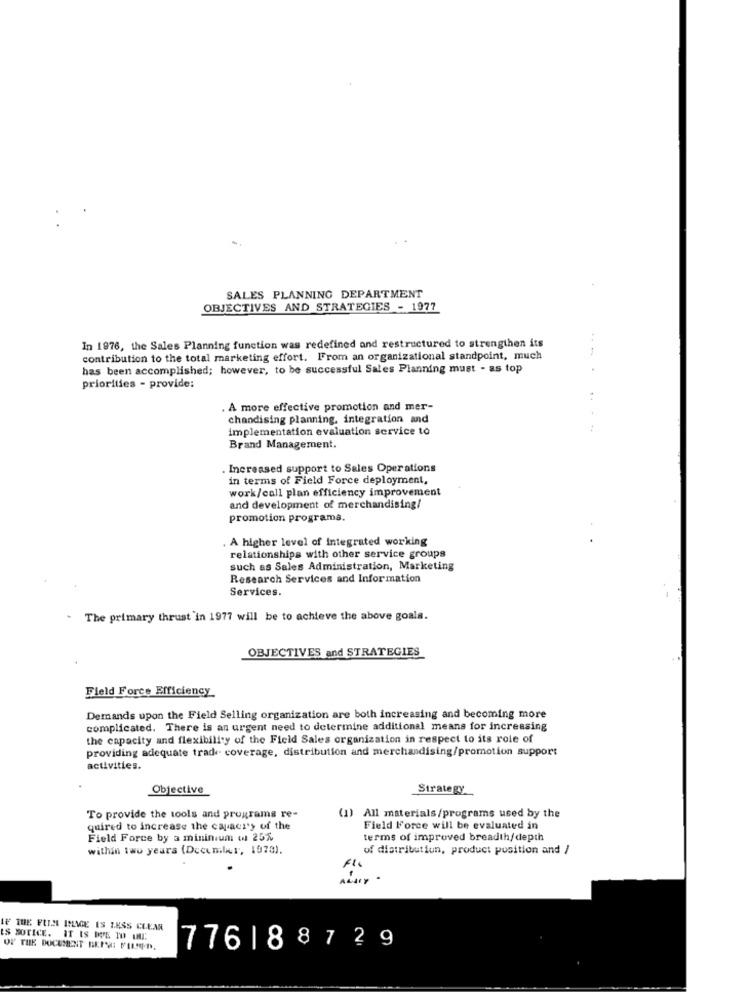
SALES PLANNING DEPARTMENT
OBJECTIVES AND STRATEGIES - 1977
In 1976, the Sales Planning function was redefined and restructured to strengthen its
contribution to the total marketing effort. From an organizational standpoint, much
has been accomplished; however, to be successful Sales Planning must - as top
priorities - provide:
A more effective promotion and mer-
chandising planning, integration and
implementation evaluation service to
Brand Management.
. Increased support to Sales Oper ations
in terms of Field Force deployment,
work/call plan efficiency improvement
and development of merchandising!
promotion programa.
. A higher level of integrated working
relationships with other service groups
such as Sales Administration, Marketing
Research Services and Information
Services.
- The primary thrust 'in 1977 will be to achieve the above goals.
OBJECTIVES and STRATEGIES
Field Force Efficiency
Demands upon the Field Selling organization are both increasing and becoming more
complicated. There is an urgent need to determine additional means for increasing
the capacity and flexibility of the Field Sales organization in respect to its role of
providing adequate trade coverage, distribution and merchandising/promotion support
activities.
Objective
Strategy
To provide the tools and programs re-
(1) All materials/programs used by the
quired to increase the capacity of the
Field Force will be evaluated in
Field Force by a mininium w 25%
terms of improved breadth/depth
within two years (Decumlur, 1973).
of distribution, product position and /
IF THE FILM ILVE ES LESS CLEAR
IS NOTICE. IT IS WVE TO MME
OF THE DOCUMENT BEFOG FILSPO.
776188729